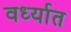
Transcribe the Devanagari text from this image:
वर्ध्यात